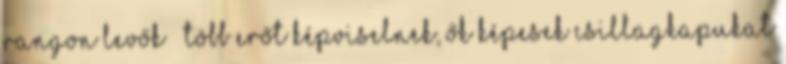
rangon levők – több erőt képviselnek, ők képesek csillagkapukat